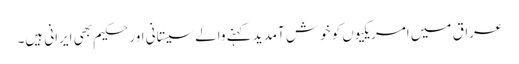
عراق میں امریکیوں کو خوش آمدید کہنے والے سیستانی اور حکیم بھی ایرانی ہیں۔